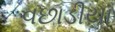
વછાડીયા